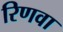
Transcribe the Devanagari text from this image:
रिणवा